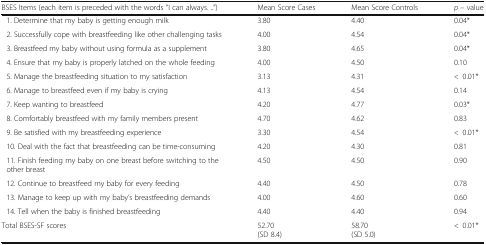
| BSES Items (each item is preceded with the words “I can always. ..”) | Mean Score Cases | Mean Score Controls | p – value |
 | --- | --- | --- | --- |
 | 1. Determine that my baby is getting enough milk | 3.80 | 4.40 | 0.04* |
 | 2. Successfully cope with breastfeeding like other challenging tasks | 4.00 | 4.54 | 0.04* |
 | 3. Breastfeed my baby without using formula as a supplement | 3.80 | 4.65 | 0.04* |
 | 4. Ensure that my baby is properly latched on the whole feeding | 4.00 | 4.50 | 0.10 |
 | 5. Manage the breastfeeding situation to my satisfaction | 3.13 | 4.31 | <0.01* |
 | 6. Manage to breastfeed even if my baby is crying | 4.13 | 4.54 | 0.14 |
 | 7. Keep wanting to breastfeed | 4.20 | 4.77 | 0.03* |
 | 8. Comfortably breastfeed with my family members present | 4.70 | 4.62 | 0.83 |
 | 9. Be satisfied with my breastfeeding experience | 3.30 | 4.54 | <0.01* |
 | 10. Deal with the fact that breastfeeding can be time-consuming | 4.20 | 4.30 | 0.81 |
 | 11. Finish feeding my baby on one breast before switching to the other breast | 4.50 | 4.50 | 0.90 |
 | 12. Continue to breastfeed my baby for every feeding | 4.40 | 4.50 | 0.78 |
 | 13. Manage to keep up with my baby’s breastfeeding demands | 4.00 | 4.60 | 0.60 |
 | 14. Tell when the baby is finished breastfeeding | 4.40 | 4.40 | 0.94 |
 | Total BSES-SF scores | 52.70(SD 8.4) | 58.70(SD 5.0) | <0.01* |